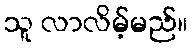
သူ လာလိမ့်မည်။